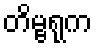
တိမ္ဗရုက